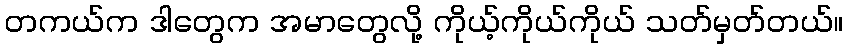
တကယ်က ဒါတွေက အမာတွေလို့ ကိုယ့်ကိုယ်ကိုယ် သတ်မှတ်တယ်။